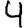
Digit: 4